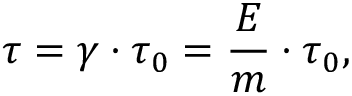
\tau = \gamma \cdot \tau _ { 0 } = \frac { E } { m } \cdot \tau _ { 0 } ,